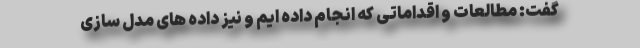
گفت: مطالعات و اقداماتی که انجام داده ایم و نیز داده های مدل سازی